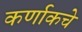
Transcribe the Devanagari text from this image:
कर्णाकचे